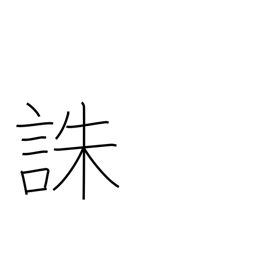
Meaning: death penalty